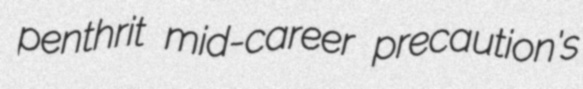
penthrit mid-career precaution's